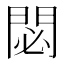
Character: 閟